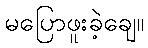
မပြောဖူးခဲ့ချေ။